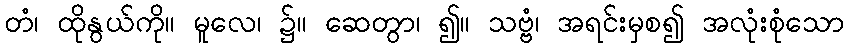
တံ၊ ထိုနွယ်ကို။ မူလေ၊ ၌။ ဆေတွာ၊ ၍။ သဗ္ဗံ၊ အရင်းမှစ၍ အလုံးစုံသော